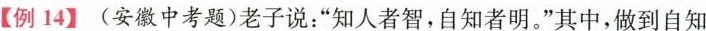
【例14】(安徽中考题)老子说：”知人者智，自知者明。”其中，做到自知